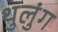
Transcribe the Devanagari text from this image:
थुलुंग